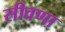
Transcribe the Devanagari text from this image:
सीवणा